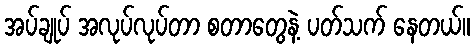
အပ်ချုပ် အလုပ်လုပ်တာ စတာတွေနဲ့ ပတ်သက် နေတယ်။